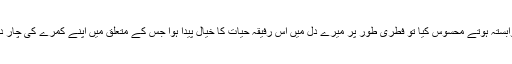
میں نے جب بیگو سے اپنے دل کو وابستہ ہوتے محسوس کیا تو فطری طور پر میرے دل میں اس رفیقہ حیات کا خیال پیدا ہوا جس کے متعلق میں اپنے کمرے کی چار دیواری میں کئی خواب دیکھ چکا تھا۔